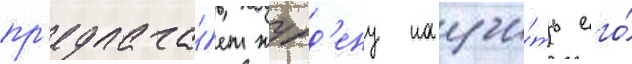
пр'едлага́ет журд'ену научи́ть его́